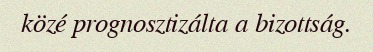
közé prognosztizálta a bizottság.